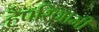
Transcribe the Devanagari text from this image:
हैपरिणामी